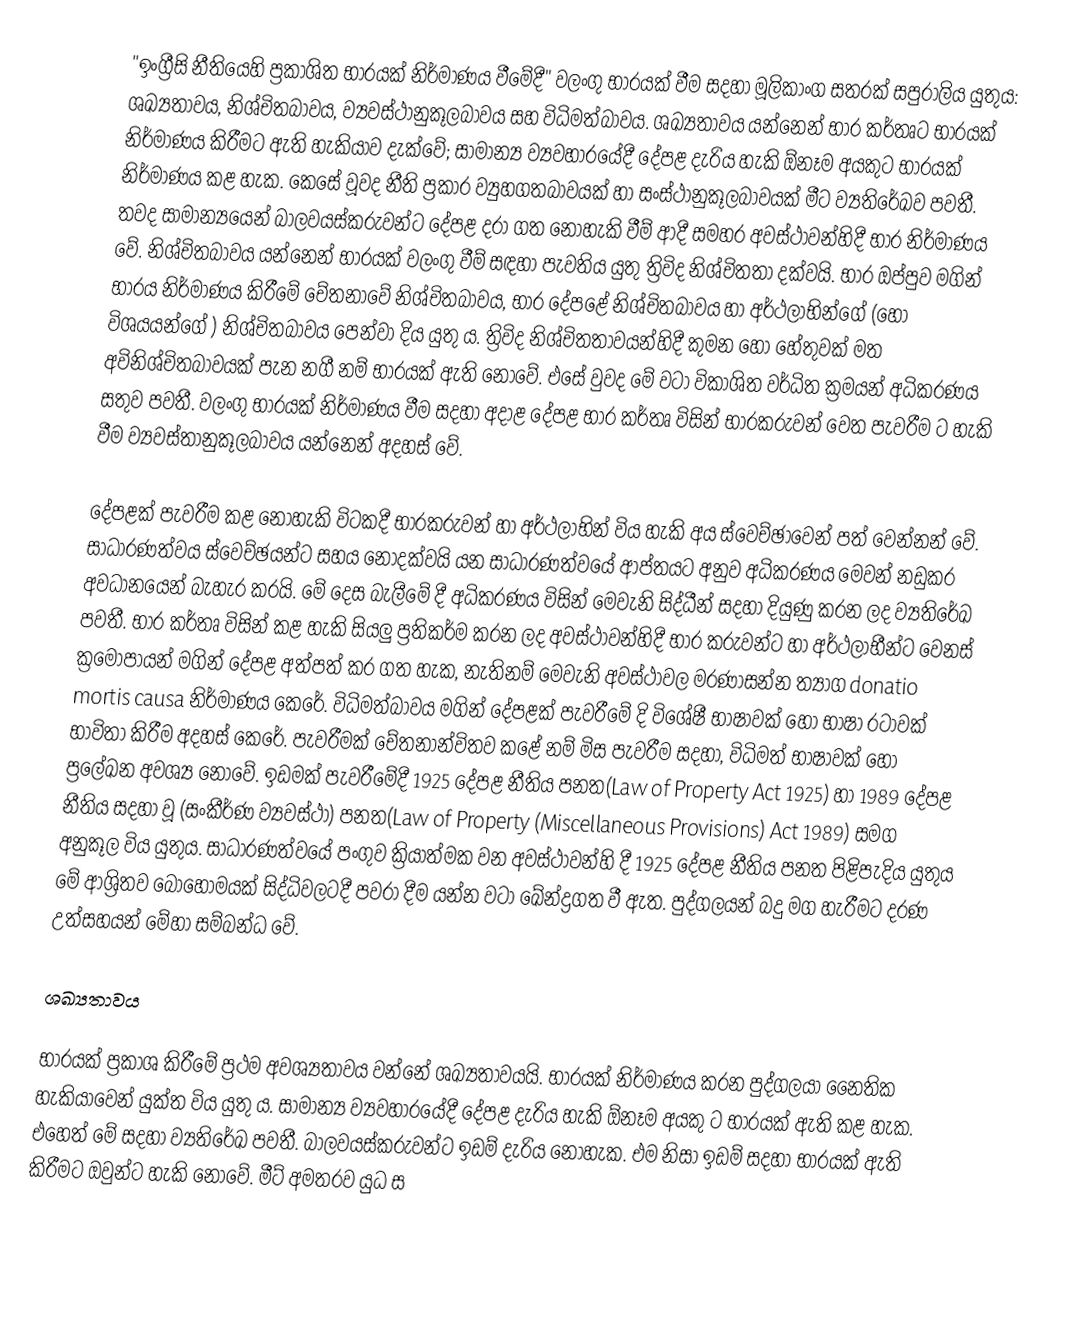
"ඉංග්‍රීසි නීතියෙහි ප්‍රකාශිත භාරයක් නිර්මාණය වීමේදී" වලංගු භාරයක් වීම සදහා මූලිකාංග සතරක් සපුරාලිය යුතුය: ශඛ්‍යතාවය, නිශ්චිතබාවය, ව්‍යවස්ථානුකූලබාවය සහ විධිමත්බාවය. ශඛ්‍යතාවය යන්නෙන් භාර කර්තෘට භාරයක් නිර්මාණය කිරීමට ඇති හැකියාව දැක්වේ; සාමාන්‍ය ව්‍යවහාරයේදී දේපළ දැරිය හැකි ඕනෑම අයකුට භාරයක් නිර්මාණය කළ හැක. කෙසේ වූවද නීති ප්‍රකාර ව්‍යුහගතබාවයක් හා සංස්ථානුකූලබාවයක් මීට ව්‍යතිරේඛව පවතී. තවද සාමාන්‍යයෙන් බාලවයස්කරුවන්ට දේපළ දරා ගත නොහැකි වීම් ආදී සමහර අවස්ථාවන්හිදී භාර නිර්මාණය වේ. නිශ්චිතබාවය යන්නෙන් භාරයක් වලංගු වීම් සඳහා පැවතිය යුතු ත්‍රිවිද නිශ්චිතතා දක්වයි. භාර ඔප්පුව මගින් භාරය නිර්මාණය කිරීමේ චේතනාවේ නිශ්චිතබාවය, භාර දේපළේ නිශ්චිතබාවය හා අර්ථලාභින්ගේ (හෝ විශයයන්ගේ ) නිශ්චිතබාවය පෙන්වා දිය යුතු ය. ත්‍රිවිද නිශ්චිතතාවයන්හිදී කුමන හෝ හේතුවක් මත අවිනිශ්චිතබාවයක් පැන නගී නම් භාරයක් ඇති නොවේ. එසේ වුවද මේ වටා විකාශිත වර්ධිත ක්‍රමයන් අධිකරණය සතුව පවතී. වලංගු භාරයක් නිර්මාණය වීම සදහා අදාළ දේපළ භාර කර්තෘ විසින් භාරකරුවන් වෙත පැවරීම ට හැකි වීම ව්‍යවස්තානුකූලබාවය යන්නෙන් අදහස් වේ.

දේපළක් පැවරීම කළ නොහැකි විටකදී භාරකරුවන් හා අර්ථලාභින් විය හැකි අය ස්වෙච්ඡාවෙන් පත් වෙන්නන් වේ. සාධාරණත්වය ස්වෙච්ඡයන්ට සහය නොදක්වයි යන සාධාරණත්වයේ ආප්තයට අනුව අධිකරණය මෙවන් නඩුකර අවධානයෙන් බැහැර කරයි. මේ දෙස බැලීමේ දී අධිකරණය විසින් මෙවැනි සිද්ධීන් සදහා දියුණු කරන ලද ව්‍යතිරේඛ පවතී. භාර කර්තෘ විසින් කළ හැකි සියලු ප්‍රතිකර්ම කරන ලද අවස්ථාවන්හිදී භාර කරුවන්ට හා අර්ථලාභීන්ට වෙනස් ක්‍රමෝපායන් මගින් දේපළ අත්පත් කර ගත හැක, නැතිනම් මෙවැනි අවස්ථාවල මරණාසන්න ත්‍යාග donatio mortis causa නිර්මාණය කෙරේ. විධිමත්බාවය මගින් දේපළක් පැවරීමේ දි විශේෂී භාෂාවක් හෝ භාෂා රටාවක් භාවිතා කිරීම අදහස් කෙරේ. පැවරීමක් චේතනාන්විතව කළේ නම් මිස පැවරීම සදහා, විධිමත් භාෂාවක් හෝ ප්‍රලේඛන අවශ්‍ය නොවේ. ඉඩමක් පැවරීමේදී 1925 දේපළ නීතිය පනත(Law of Property Act 1925) හා 1989 දේපළ නීතිය සදහා වූ (සංකීර්ණ ව්‍යවස්ථා) පනත(Law of Property (Miscellaneous Provisions) Act 1989) සමග අනුකූල විය යුතුය. සාධාරණත්වයේ පංගුව ක්‍රියාත්මක වන අවස්ථාවන්හි දී 1925 දේපළ නීතිය පනත පිළිපැදිය යුතුය මේ ආශ්‍රිතව බොහෝමයක් සිද්ධිවලටදී පවරා දීම යන්න වටා ඛේන්ද්‍රගත වී ඇත. පුද්ගලයන් බදු මග හැරීමට දරණ උත්සහයන් මේහා සම්බන්ධ වේ.

ශඛ්‍යතාවය

භාරයක් ප්‍රකාශ කිරීමේ ප්‍රථම අවශ්‍යතාවය වන්නේ ශඛ්‍යතාවයයි. භාරයක් නිර්මාණය කරන පුද්ගලයා නෛතික හැකියාවෙන් යුක්ත විය යුතු ය. සාමාන්‍ය ව්‍යවහාරයේදී දේපළ දැරිය හැකි ඕනෑම අයකු ට භාරයක් ඇති කළ හැක. එහෙත් මේ සදහා ව්‍යතිරේඛ පවතී. බාලවයස්කරුවන්ට ඉඩම් දැරිය නොහැක. එම නිසා ඉඩම් සදහා භාරයක් ඇති කිරීමට ඔවුන්ට හැකි නොවේ. මීට් අමතරව යුධ ස